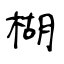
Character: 楜